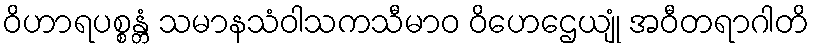
ဝိဟာရပစ္စန္တံ သမာနသံဝါသကသီမာဝ ဝိဟေဌေယျုံ အဝီတရာဂါတိ